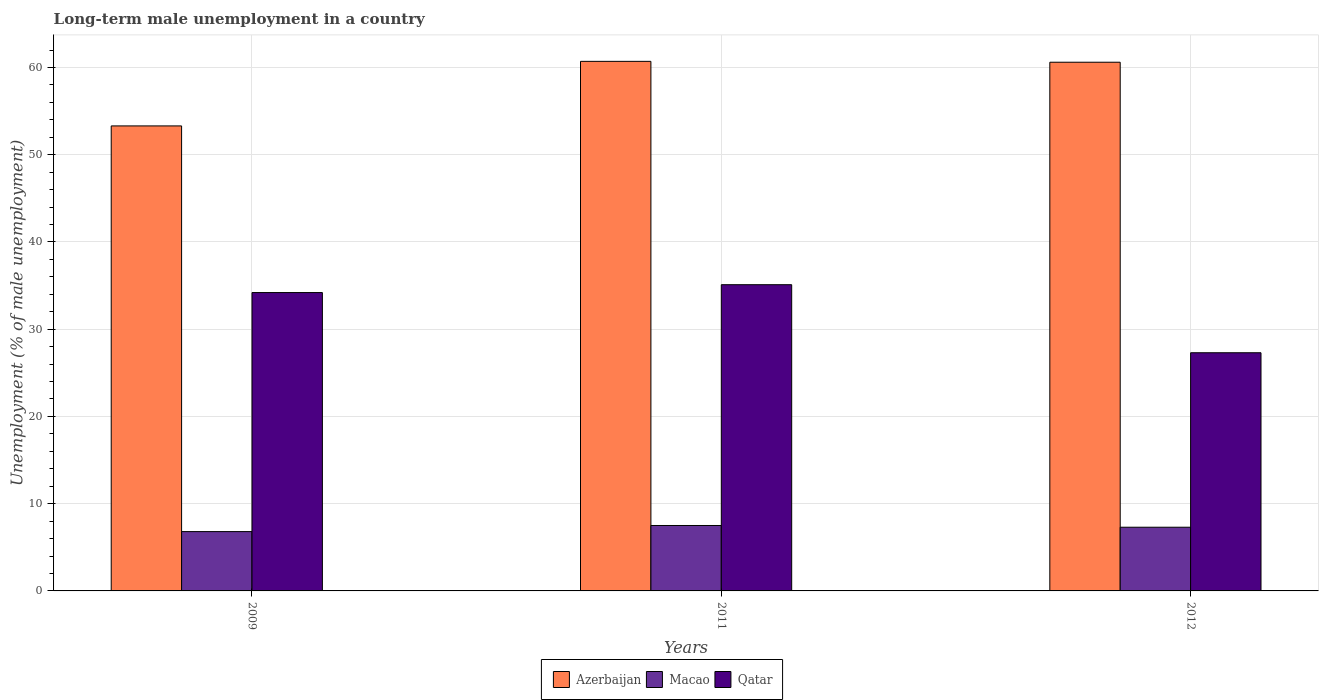
| Years | Azerbaijan | Macao | Qatar |
 | --- | --- | --- | --- |
 | 2009 | 53.3 | 6.8 | 34.2 |
 | 2011 | 60.7 | 7.5 | 35.1 |
 | 2012 | 60.6 | 7.3 | 27.3 |